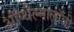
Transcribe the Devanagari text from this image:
ऑप्थैल्मोलॉजी